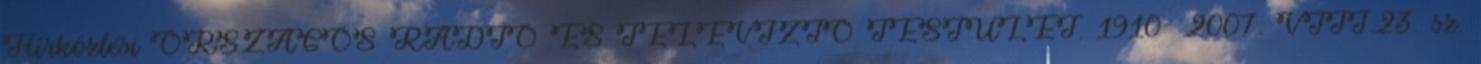
Hírközlési ORSZÁGOS RÁDIÓ ÉS TELEVÍZIÓ TESTÜLET. 1910 2007. VIII.23. sz.